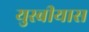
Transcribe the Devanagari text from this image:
युस्बीयास